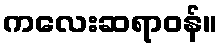
ကလေးဆရာဝန်။